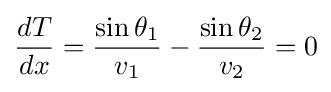
{\frac {dT}{dx}}={\frac {\sin \theta _{1}}{v_{1}}}-{\frac {\sin \theta _{2}}{v_{2}}}=0